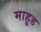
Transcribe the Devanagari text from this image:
माहूड